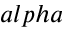
a l p h a